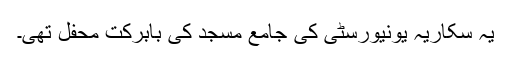
یہ سکاریہ یونیورسٹی کی جامع مسجد کی بابرکت محفل تھی۔